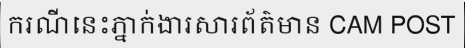
ករណីនេះភ្នាក់ងារសារព័ត៌មាន CAM POST